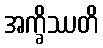
အက္ခိဿတိ